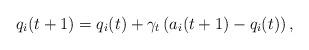
LaTeX: \begin{align*}q_i(t+1) = q_i(t) + \gamma_t\left( a_i(t+1) - q_i(t)\right),\end{align*}